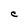
Character: C